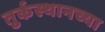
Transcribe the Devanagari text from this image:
तुर्कस्थानच्या